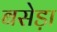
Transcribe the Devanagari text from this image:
बसेड़ा